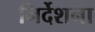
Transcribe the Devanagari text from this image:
निर्देशना